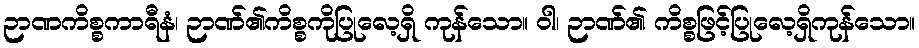
ဉာဏကိစ္စကာရီနံ၊ ဉာဏ်၏ကိစ္စကိုပြုလေ့ရှိ ကုန်သော။ ဝါ၊ ဉာဏ်၏ ကိစ္စဖြင့်ပြုလေ့ရှိကုန်သော။